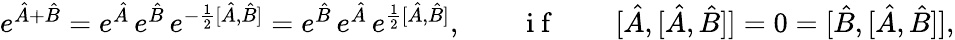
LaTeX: \begin{array}{r}{e^{\hat{A}+\hat{B}}=e^{\hat{A}}\, e^{\hat{B}}\, e^{-\frac{1}{2}[\hat{A},\hat{B}]}=e^{\hat{B}}\, e^{\hat{A}}\, e^{\frac{1}{2}[\hat{A},\hat{B}]},\qquad\mathrm{~i~f~}\qquad[\hat{A},[\hat{A},\hat{B}]]=0=[\hat{B},[\hat{A},\hat{B}]],}\end{array}